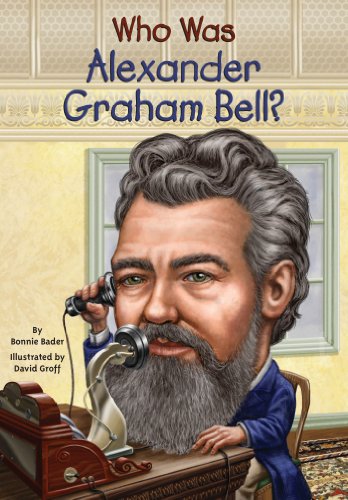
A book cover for Who Was Alexander Graham Bell?; Bonnie Bader; Children's Books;